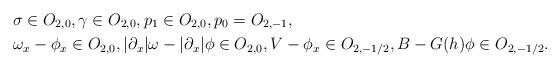
LaTeX: \begin{align*}&\sigma\in O_{2,0},\gamma\in O_{2,0},p_1\in O_{2,0},p_0=O_{2,-1},\\&\omega_x-\phi_x\in O_{2,0},|\partial_x|\omega-|\partial_x|\phi\in O_{2,0},V-\phi_x\in O_{2,-1/2},B-G(h)\phi\in O_{2,-1/2}.\end{align*}